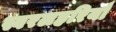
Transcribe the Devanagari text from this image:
स्वरलहरियाँ